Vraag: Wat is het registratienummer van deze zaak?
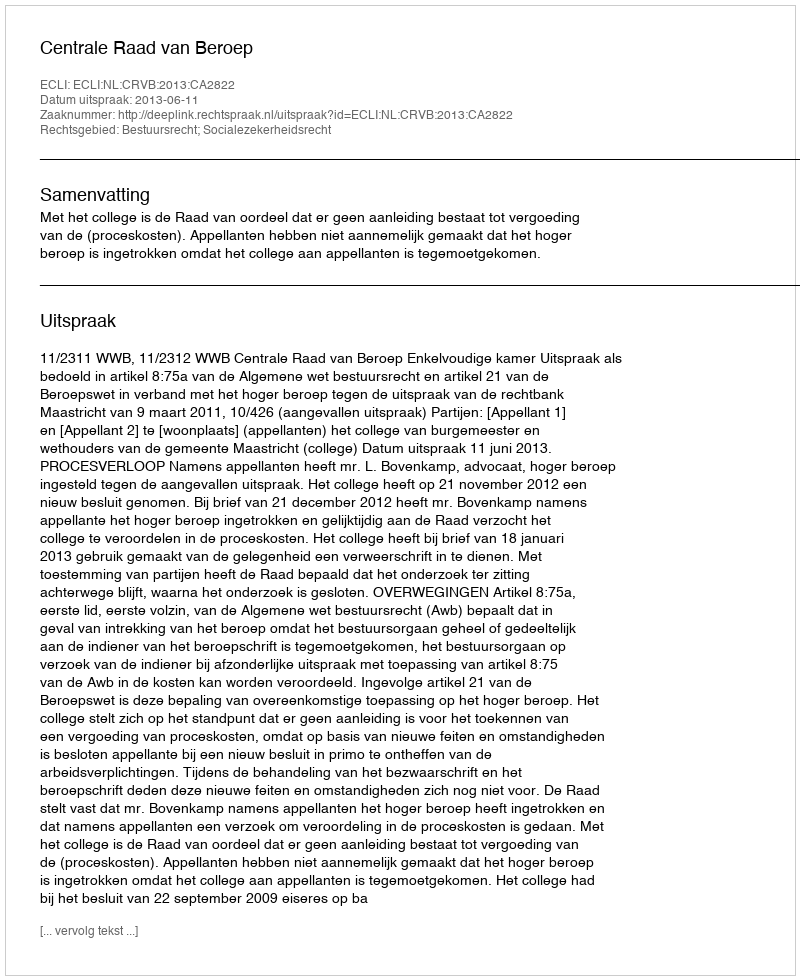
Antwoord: http://deeplink.rechtspraak.nl/uitspraak?id=ECLI:NL:CRVB:2013:CA2822